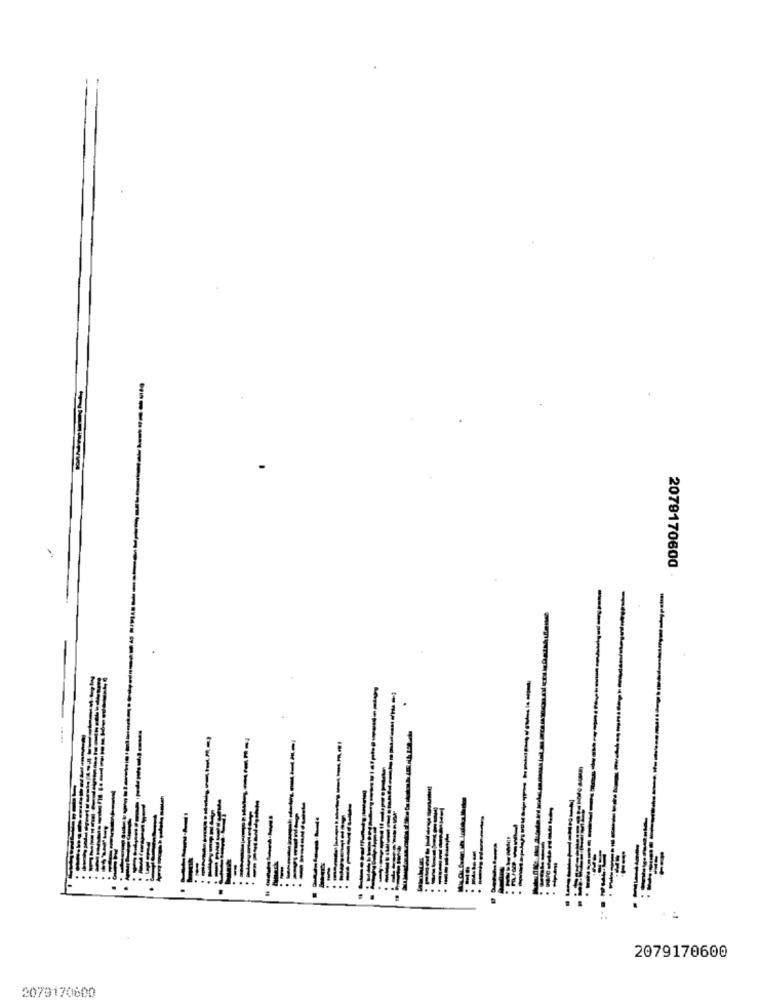
-----
2079170600
---
---
-------
---
..
....
--
--------
-----.
------.
2079170600
2079170600